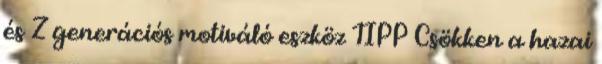
és Z generációs motiváló eszköz TIPP Csökken a hazai